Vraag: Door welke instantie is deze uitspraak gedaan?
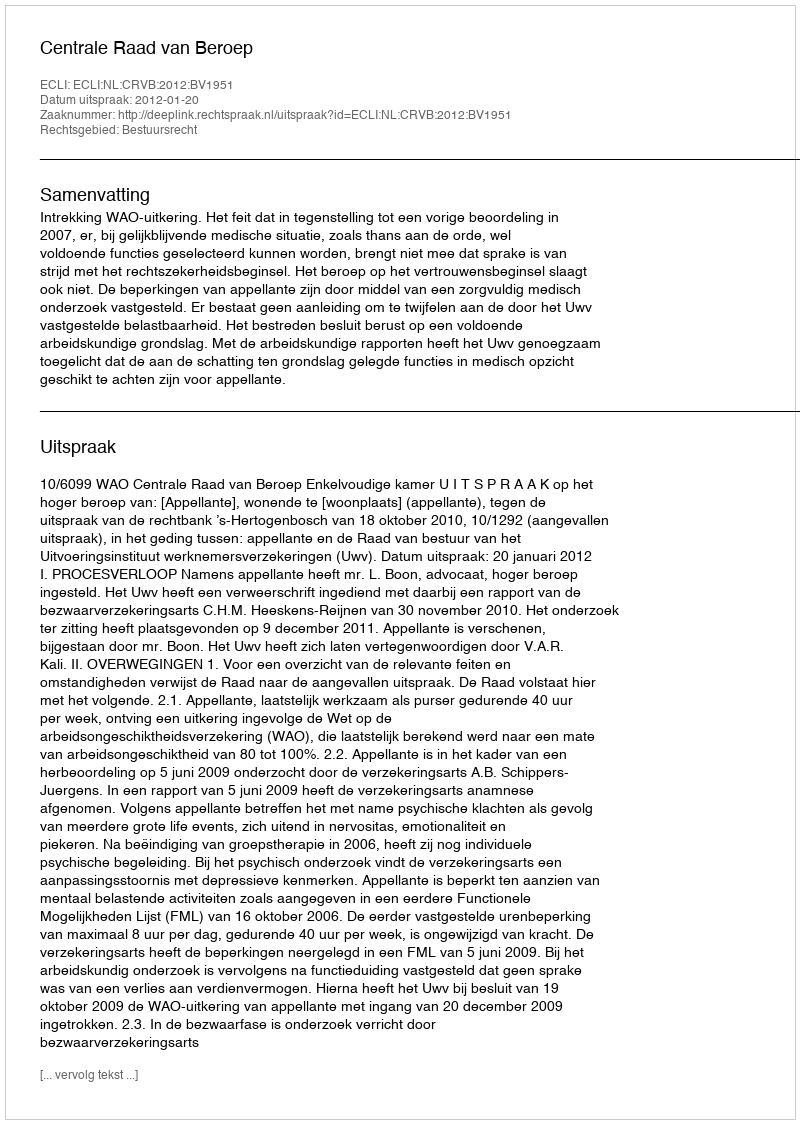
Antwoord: Centrale Raad van Beroep